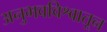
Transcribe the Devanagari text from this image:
अनुभवविश्वातून